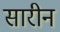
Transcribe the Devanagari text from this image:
सारीन